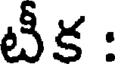
టీక :